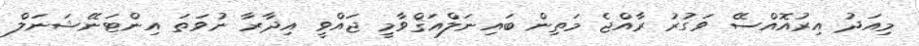
މިއަދު އިރުއޮއްސޭ ވަގުރު ރާއްޖެ މަތިން ބައިނަލްއަޤްވާމީ ޖައްވީ އިދާރާ ނުވަތަ އިންޓަނޭޝަނަލް